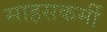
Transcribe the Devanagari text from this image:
साहसकर्मी